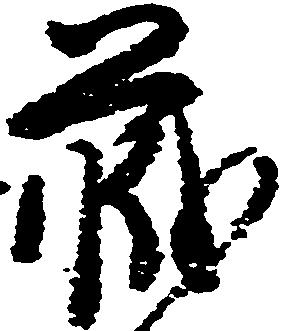
蔵